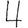
Digit: 4